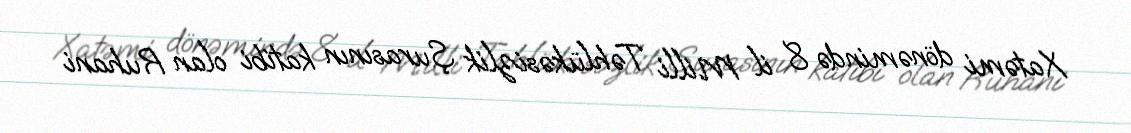
Xatəmi dönəmində 8 il Milli Təhlükəsizlik Şurasının katibi olan Ruhani